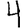
Digit: 4